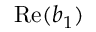
\mathrm { R e } ( b _ { 1 } )